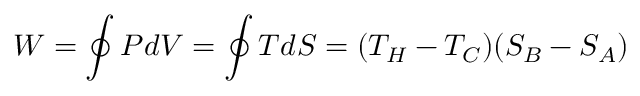
W = \oint P d V = \oint T d S = ( T _ { H } - T _ { C } ) ( S _ { B } - S _ { A } )